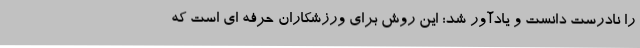
را نادرست دانست و یادآور شد: این روش برای ورزشکاران حرفه ای است که